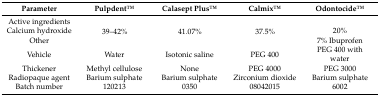
<table><thead><tr><td><b>Parameter</b></td><td><b>PulpdentTM</b></td><td><b>Calasept PlusTM</b></td><td><b>CalmixTM</b></td><td><b>OdontocideTM</b></td></tr></thead><tbody><tr><td>Active ingredients</td><td rowspan="3">39–42%</td><td rowspan="3">41.07%</td><td rowspan="3">37.5%</td><td></td></tr><tr><td>Calcium hydroxide</td><td>20%</td></tr><tr><td>Other</td><td>7% Ibuprofen</td></tr><tr><td>Vehicle</td><td>Water</td><td>Isotonic saline</td><td>PEG 400</td><td>PEG 400 with water</td></tr><tr><td>Thickener</td><td>Methyl cellulose</td><td>None</td><td>PEG 4000</td><td>PEG 3000</td></tr><tr><td>Radiopaque agent</td><td>Barium sulphate</td><td>Barium sulphate</td><td>Zirconium dioxide</td><td>Barium sulphate</td></tr><tr><td>Batch number</td><td>120213</td><td>0350</td><td>08042015</td><td>6002</td></tr></tbody></table>